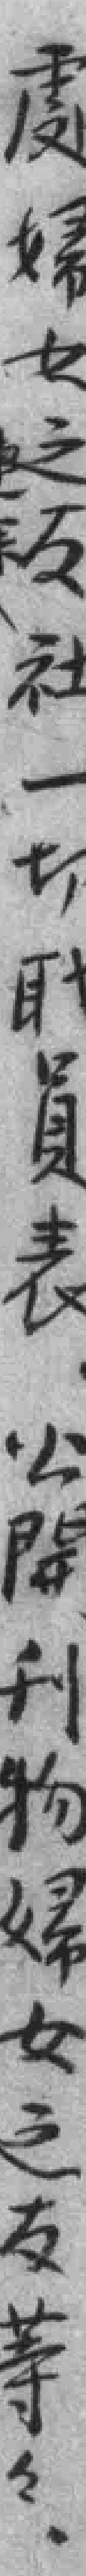
處婦女之友社一切*員表公開刊物婦女之友等等